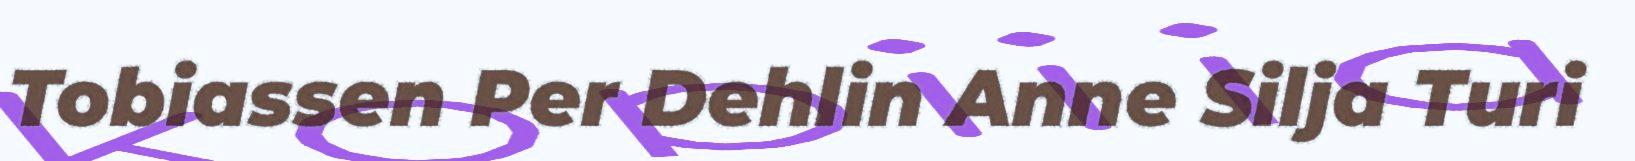
Tobiassen Per Dehlin Anne Silja Turi